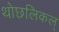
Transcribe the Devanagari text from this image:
थोछलिकल्